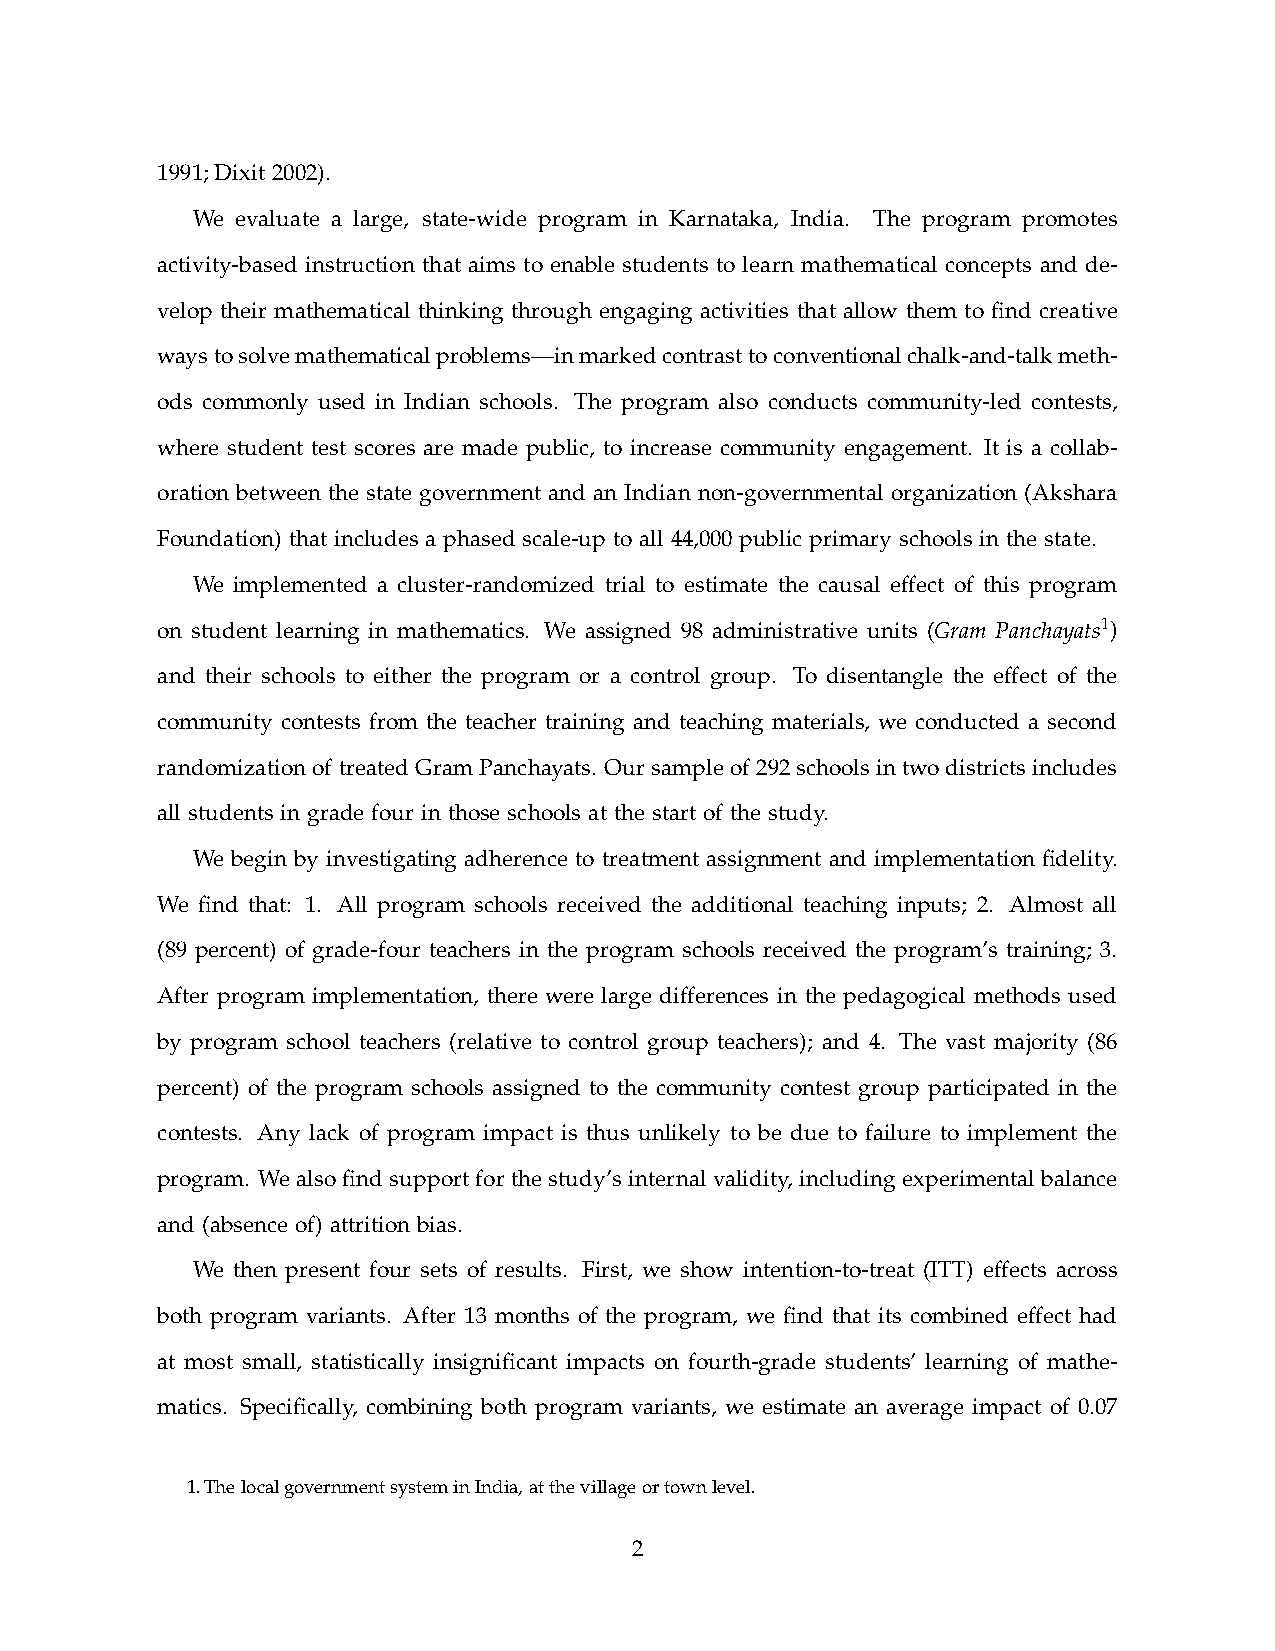
1991; Dixit 2002).
 We evaluate a large, state-wide program in Karnataka, India. The program promotes
 activity-based instruction that aims to enable students to learn mathematical concepts and de-
 velop their mathematical thinking through engaging activities that allow them to fnd creative
 ways to solve mathematical problems—in marked contrast to conventional chalk-and-talk meth-
 ods commonly used in Indian schools. The program also conducts community-led contests,
 where student test scores are made public, to increase community engagement. It is a collab-
 oration between the state government and an Indian non-governmental organization (Akshara
 Foundation) that includes a phased scale-up to all 44,000 public primary schools in the state.
 We implemented a cluster-randomized trial to estimate the causal effect of this program
 on student learning in mathematics. We assigned 98 administrative units (Gram Panchayats1)
 and their schools to either the program or a control group. To disentangle the effect of the
 community contests from the teacher training and teaching materials, we conducted a second
 randomization of treated Gram Panchayats. Our sample of 292 schools in two districts includes
 all students in grade four in those schools at the start of the study.
 We begin by investigating adherence to treatment assignment and implementation fdelity.
 We fnd that: 1. All program schools received the additional teaching inputs; 2. Almost all
 (89 percent) of grade-four teachers in the program schools received the program’s training; 3.
 After program implementation, there were large differences in the pedagogical methods used
 by program school teachers (relative to control group teachers); and 4. The vast majority (86
 percent) of the program schools assigned to the community contest group participated in the
 contests. Any lack of program impact is thus unlikely to be due to failure to implement the
 program. We also fnd support for the study’s internal validity, including experimental balance
 and (absence of) attrition bias.
 We then present four sets of results. First, we show intention-to-treat (ITT) effects across
 both program variants. After 13 months of the program, we fnd that its combined effect had
 at most small, statistically insignifcant impacts on fourth-grade students’ learning of mathe-
 matics. Specifcally, combining both program variants, we estimate an average impact of 0.07
 1. The local government system in India, at the village or town level.
 2